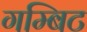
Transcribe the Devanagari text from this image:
गम्बिट